Technical education in continuation classes, 1936
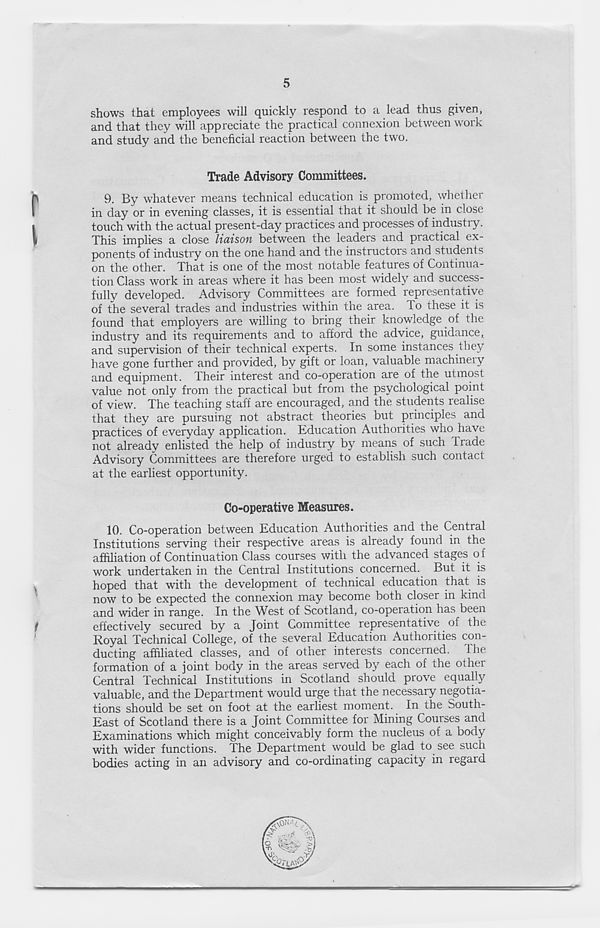
5
shows that employees will quickly respond to a lead thus given,
and that they will appreciate the practical connexion between work
and study and the beneficial reaction between the two.
Trade Advisory Committees.
9. By whatever means technical education is promoted, whether
in day or in evening classes, it is essential that it should be in close
touch with the actual present-day practices and processes of industry.
This implies a close liaison between the leaders and practical ex-
ponents of industry on the one hand and the instructors and students
on the other. That is one of the most notable features of Continua-
tion Class work in areas where it has been most widely and success-
fully developed. Advisory Committees are formed representative
of the several trades and industries within the area. To these it is
found that employers are willing to bring their knowledge of the
industry and its requirements and to afford the advice, guidance,
and supervision of their technical experts. In some instances they
have gone further and provided, by gift or loan, valuable machineiy
and equipment. Their interest and co-operation are of the utmost
value not only from the practical but from the psychological point
of view. The'teaching staff are encouraged, and the students realise
that they are pursuing not abstract theories but principles and
practices of everyday application. Education Authorities who have
not already enlisted the help of industry by means of such irade
Advisory Committees are therefore urged to establish such contact
at the earliest opportunity.
Co-operative Measures.
10. Co-operation between Education Authorities and the Central
Institutions serving their respective areas is already found in the
affiliation of Continuation Class courses with the advanced stages o f
work undertaken in the Central Institutions concerned. But it is
hoped that with the development of technical education that is
now to be expected the connexion may become both closer in kind
and wider in range. In the West of Scotland, co-operation has been
effectively secured by a Joint Committee representative of the
Royal Technical College, of the several Education Authorities con-
ducting affiliated classes, and of other interests concerned. 1 he
formation of a joint body in the areas served by each of the other
Central Technical Institutions in Scotland should prove equally
valuable, and the Department would urge that the necessary negotia-
tions should be set on foot at the earliest moment. In the South-
East of Scotland there is a Joint Committee for Mining Courses and
Examinations which might conceivably form the nucleus of a body
with wider functions. The Department would be glad to see such
bodies acting in an advisory and co-ordinating capacity in regard